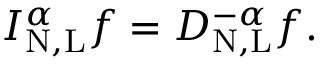
I _ { \mathrm { N , L } } ^ { \alpha } f = D _ { \mathrm { N , L } } ^ { - \alpha } f .